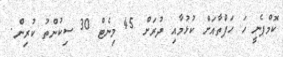
ކޮމްޕެނީ ހަ ހަފްތާއަށް ކުޅުމާއި ދުރަށް 45 މިނެޓް 30 ސިކުންތު ކުރިން.